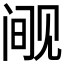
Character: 𰴘